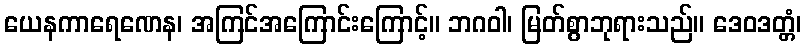
ယေနကာရေဏေန၊ အကြင်အကြောင်းကြောင့်။ ဘဂဝါ၊ မြတ်စွာဘုရားသည်။ ဒေဝဒတ္တံ၊